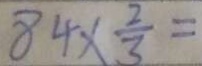
8 4 \times \frac { 2 } { 3 } =